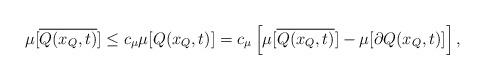
LaTeX: \begin{align*}\mu[\overline{Q(x_Q,t)}]&\leq c_\mu \mu[Q(x_Q,t)]=c_\mu\left[\mu[\overline{Q(x_Q,t)}]-\mu[\partial Q(x_Q,t)]\right],\end{align*}